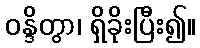
ဝန္ဒိတွာ၊ ရှိခိုးပြီး၍။